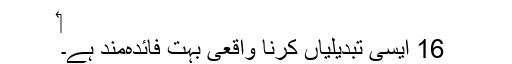
‏
16 ایسی تبدیلیاں کرنا واقعی بہت فائدہ‌مند ہے۔